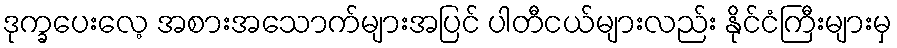
ဒုက္ခပေးလေ့ အစားအသောက်များအပြင် ပါတီငယ်များလည်း နိုင်ငံကြီးများမှ